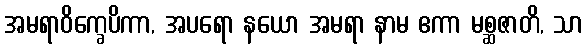
အမရာဝိက္ခေပိကာ, အပရော နယော အမရာ နာမ ဧကာ မစ္ဆဇာတိ, သာ